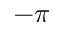
- \pi